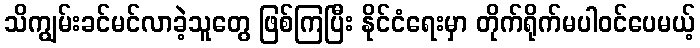
သိကျွမ်းခင်မင်လာခဲ့သူတွေ ဖြစ်ကြပြီး နိုင်ငံရေးမှာ တိုက်ရိုက်မပါဝင်ပေမယ့်